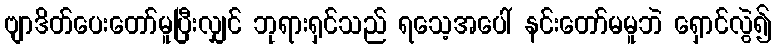
ဗျာဒိတ်ပေးတော်မူပြီးလျှင် ဘုရားရှင်သည် ရသေ့အပေါ် နင်းတော်မမူဘဲ ရှောင်လွဲ၍